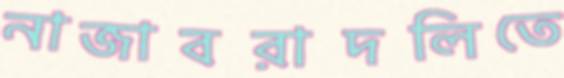
নাজাবরাদলিতে